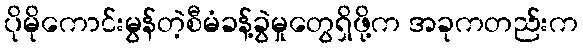
ပိုမိုကောင်းမွန်တဲ့စီမံခန့်ခွဲမှုတွေရှိဖို့က အခုကတည်းက